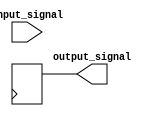
module voltage_level_shifter(
    input wire input_signal,
    output reg output_signal
);

reg input_register;
reg output_register;

always @(posedge clk) begin
    input_register <= input_signal;
    
    // Voltage level shifting logic
    // insert code here to convert input voltage level to desired output voltage level
    
    output_register <= desired_output_level;
end

// Control module to configure the voltage level shifting operation
// insert code here to control the voltage level shifting operation

assign output_signal = output_register;

endmodule